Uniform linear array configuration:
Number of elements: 48
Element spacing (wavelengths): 1
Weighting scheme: binomial
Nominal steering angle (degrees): -15
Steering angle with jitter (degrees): -16.239
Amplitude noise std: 0.05
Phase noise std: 0.05

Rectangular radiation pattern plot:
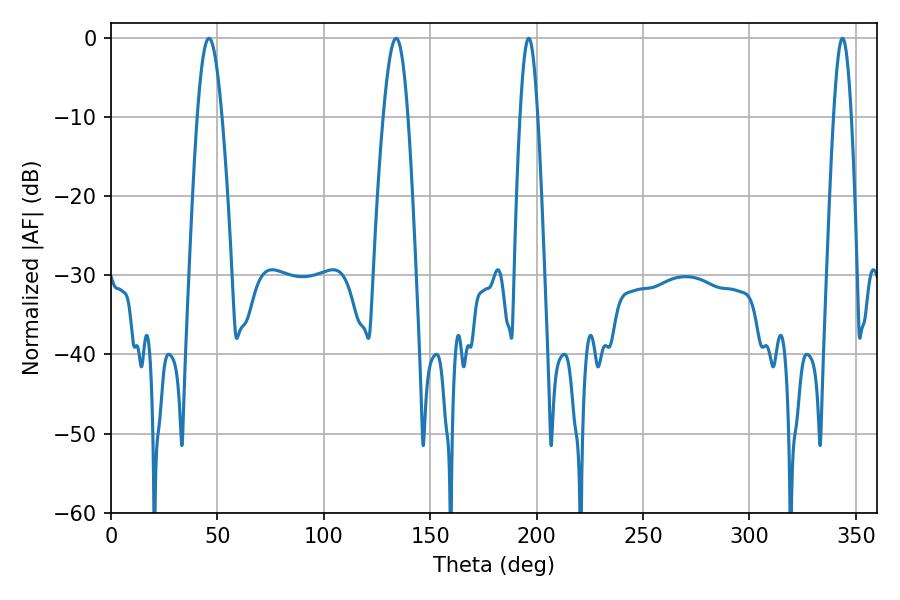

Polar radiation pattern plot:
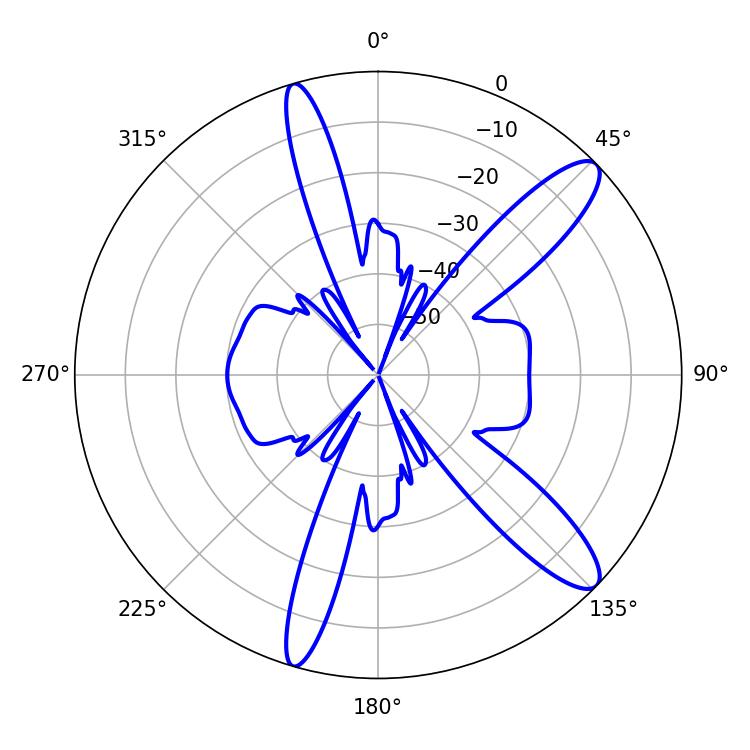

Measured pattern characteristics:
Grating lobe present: TRUE
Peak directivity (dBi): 12.085
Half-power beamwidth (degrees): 6.3
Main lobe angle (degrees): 46.08